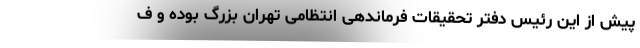
پیش از این رئیس دفتر تحقیقات فرماندهی انتظامی تهران بزرگ بوده و ف